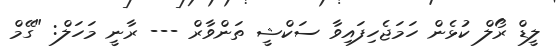
ލީޑް ރޯލް ކުޅެން ހަމަޖެހިފައިވާ ސަކްޝީ ތަންވާރް --- ރާނީ މަހަލް: "ގޭމް